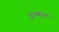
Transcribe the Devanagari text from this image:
इज्बाल